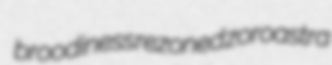
broodiness rezoned zoroastra